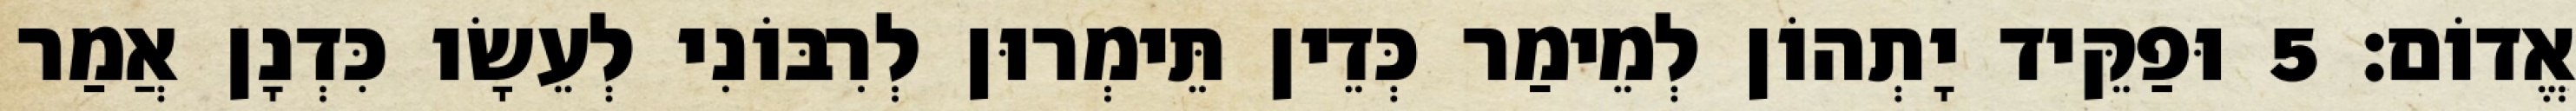
אֱדוֹם׃ 5 וּפַקֵּיד יָתְהוֹן לְמֵימַר כְּדֵין תֵּימְרוּן לְרִבּוֹנִי לְעֵשָׂו כִּדְנָן אֲמַר